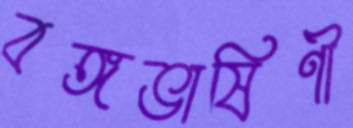
বঙ্গভাষিণী